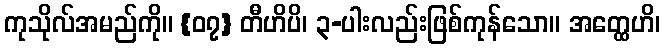
ကုသိုလ်အမည်ကို။ {၀၇} တီဟိပိ၊ ၃-ပါးလည်းဖြစ်ကုန်သော။ အတ္ထေဟိ၊